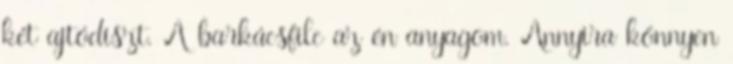
két ajtódíszt. A barkácsfilc az én anyagom. Annyira könnyen